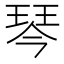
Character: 琴